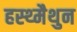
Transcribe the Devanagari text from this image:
हस्थ्मैथुन